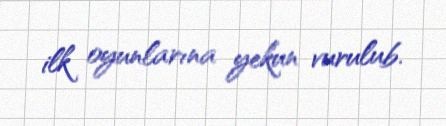
ilk oyunlarına yekun vurulub.